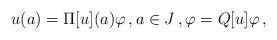
LaTeX: \begin{align*}u(a)=\Pi[u](a) \varphi \,,a\in J\,,\varphi =Q[u]\varphi\,,\end{align*}